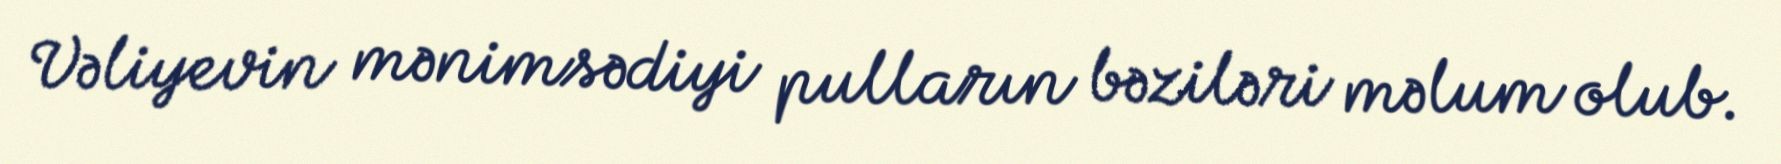
Vəliyevin mənimsədiyi pulların bəziləri məlum olub.